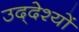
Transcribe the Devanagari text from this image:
उद्‌देश्यों